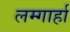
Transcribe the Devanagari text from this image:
लम्गार्हा